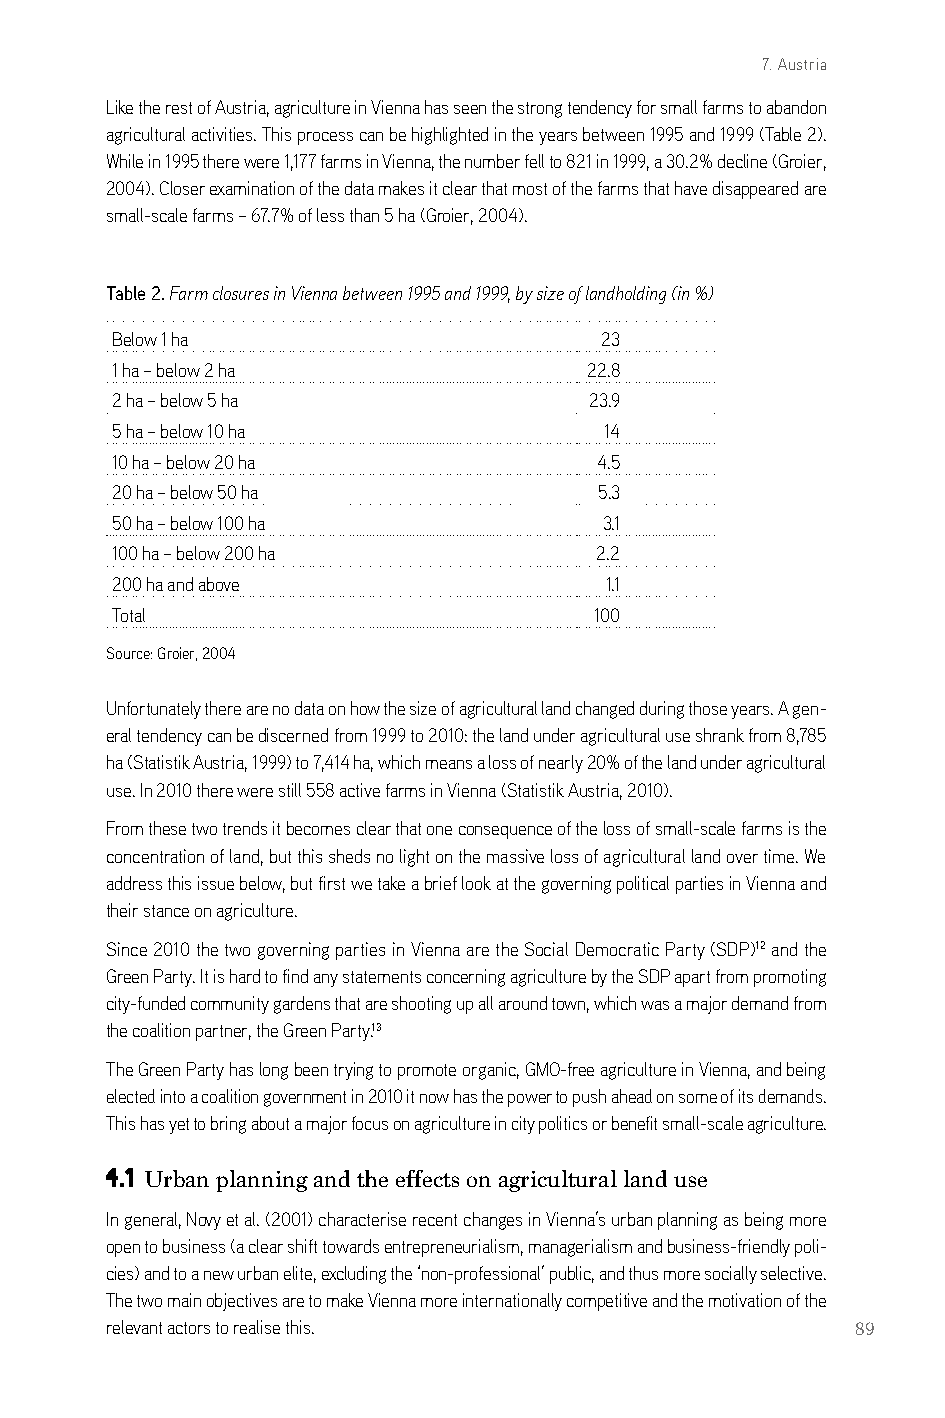
7. Austria
 like the rest of austria, agriculture in Vienna has seen the strong tendency for small farms to abandon
 agricultural activities. This process can be highlighted in the years between 1995 and 1999 (Table 2).
 While in 1995 there were 1,177 farms in Vienna, the number fell to 821 in 1999, a 30.2% decline (groier,
 2004). closer examination of the data makes it clear that most of the farms that have disappeared are
 small-scale farms – 67.7% of less than 5 ha (groier, 2004).
 Table 2. Farm closures in Vienna between 1995 and 1999, by size of landholding (in %)
 below 1 ha                       23
 1 ha – below 2 ha               22.8
 2 ha – below 5 ha               23.9
 5 ha – below 10 ha               14
 10 ha – below 20 ha              4.5
 20 ha – below 50 ha              5.3
 50 ha – below 100 ha             3.1
 100 ha – below 200 ha           2.2
 200 ha and above                 1.1
 Total                           100
 source: groier, 2004
 Unfortunately there are no data on how the size of agricultural land changed during those years. a gen-
 eral tendency can be discerned from 1999 to 2010: the land under agricultural use shrank from 8,785
 ha (statistik austria, 1999) to 7,414 ha, which means a loss of nearly 20% of the land under agricultural
 use. in 2010 there were still 558 active farms in Vienna (statistik austria, 2010).
 From these two trends it becomes clear that one consequence of the loss of small-scale farms is the
 concentration of land, but this sheds no light on the massive loss of agricultural land over time. We
 address this issue below, but first we take a brief look at the governing political parties in Vienna and
 their stance on agriculture.
 since 2010 the two governing parties in Vienna are the social democratic Party (sdP)12 and the
 green Party. it is hard to find any statements concerning agriculture by the sdP apart from promoting
 city-funded community gardens that are shooting up all around town, which was a major demand from
 the coalition partner, the green Party.13
 The green Party has long been trying to promote organic, gMo-free agriculture in Vienna, and being
 elected into a coalition government in 2010 it now has the power to push ahead on some of its demands.
 This has yet to bring about a major focus on agriculture in city politics or benefit small-scale agriculture.
 4.1 Urban planning and the effects on agricultural land use
 in general, novy et al. (2001) characterise recent changes in Vienna’s urban planning as being more
 open to business (a clear shift towards entrepreneurialism, managerialism and business-friendly poli-
 cies) and to a new urban elite, excluding the ‘non-professional’ public, and thus more socially selective.
 The two main objectives are to make Vienna more internationally competitive and the motivation of the
 relevant actors to realise this.                  89